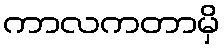
ကာလကတာမှိ